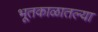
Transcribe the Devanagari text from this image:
भूतकाळातल्या